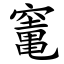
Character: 竃